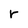
Character: r